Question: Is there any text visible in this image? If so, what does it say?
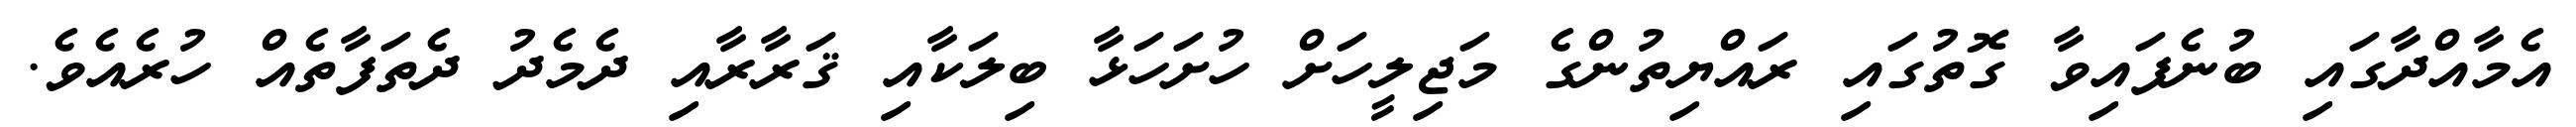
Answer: އެމާއްދާގައި ބުނެފައިވާ ގޮތުގައި ރައްޔިތުންގެ މަޖިލީހަށް ހުށަހަޅާ ބިލަކާއި ޤަރާރާއި ދެމެދު ދެތަފާތެއް ހުރެއެވެ.